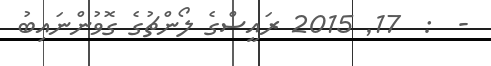
-  :  17